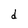
Character: d